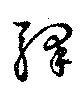
驛